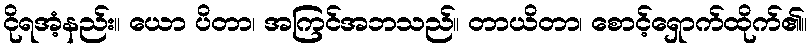
ငိုရအံ့နည်း။ ယော ပိတာ၊ အကြင်အဘသည်။ တာယိတာ၊ စောင့်ရှောက်ထိုက်၏။